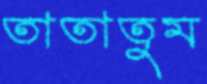
তাতাতুম